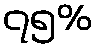
၇၅%